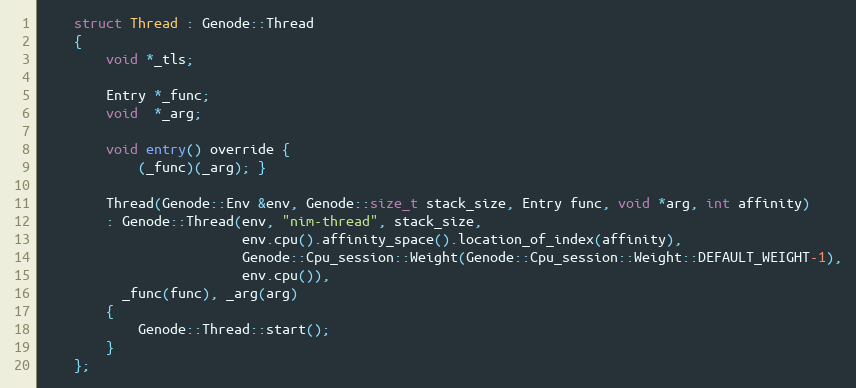
Language: C
	struct Thread : Genode::Thread
	{
		void *_tls;

		Entry *_func;
		void  *_arg;

		void entry() override {
			(_func)(_arg); }

		Thread(Genode::Env &env, Genode::size_t stack_size, Entry func, void *arg, int affinity)
		: Genode::Thread(env, "nim-thread", stack_size,
		                 env.cpu().affinity_space().location_of_index(affinity),
		                 Genode::Cpu_session::Weight(Genode::Cpu_session::Weight::DEFAULT_WEIGHT-1),
		                 env.cpu()),
		  _func(func), _arg(arg)
		{
			Genode::Thread::start();
		}
	};